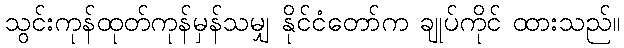
သွင်းကုန်ထုတ်ကုန်မှန်သမျှ နိုင်ငံတော်က ချုပ်ကိုင် ထားသည်။